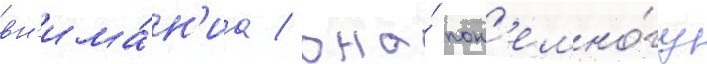
вн'има́н'иа / она́ пон'емно́гу